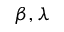
\beta , \lambda